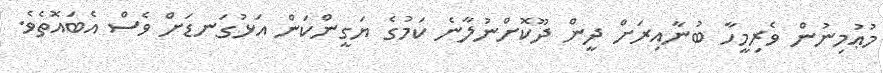
މުޢުމިނުން ވެރިމީހާ ބުނާއިރަށް ދީން ދޫކޮށްނުލާނެ ކަމުގެ ޔަގީންކަން އަޅުގަނޑަށް ވެސް އެބައޮތެވެ.